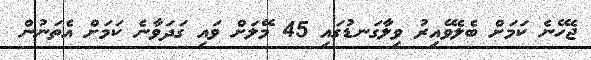
ޖެހޭނެ ކަމަށް ބެލެވޭއިރު ވިލާގަނޑުގައި 45 މޭލަށް ވައި ގަދަވާނެ ކަމަށް އެތަނުން